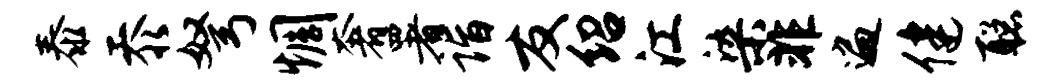
泰忝弩惆奢署诣友绍江染非遍健聪